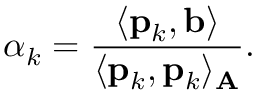
\alpha _ { k } = { \frac { \langle \mathbf { p } _ { k } , \mathbf { b } \rangle } { \langle \mathbf { p } _ { k } , \mathbf { p } _ { k } \rangle _ { \mathbf { A } } } } .